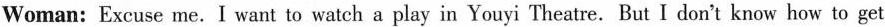
Woman: Excuse me. I want to watch a play in Youyi Theatre. But I don't know how to get